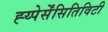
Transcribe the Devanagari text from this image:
ह्य्पेर्सेंसितिविटी